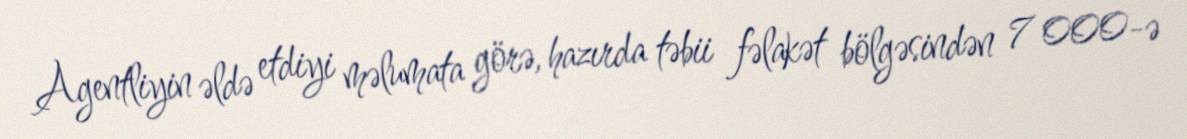
Agentliyin əldə etdiyi məlumata görə, hazırda təbii fəlakət bölgəsindən 7 000-ə